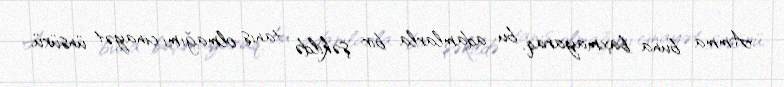
Amma buna baxmayaraq, bu adamlarla bir şəkildə tanış olmağımı cinayət ünsürü,